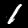
Label: 1